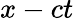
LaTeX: x-ct